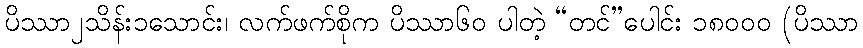
ပိဿာ၂သိန်း၁သောင်း၊ လက်ဖက်စိုက ပိဿာ၆၀ ပါတဲ့ “တင်”ပေါင်း ၁၈၀၀၀ (ပိဿာ